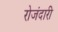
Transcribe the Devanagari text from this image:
रोजंदारी